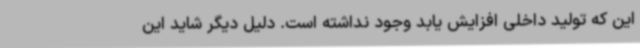
این که تولید داخلی افزایش یابد وجود نداشته است. دلیل دیگر شاید این